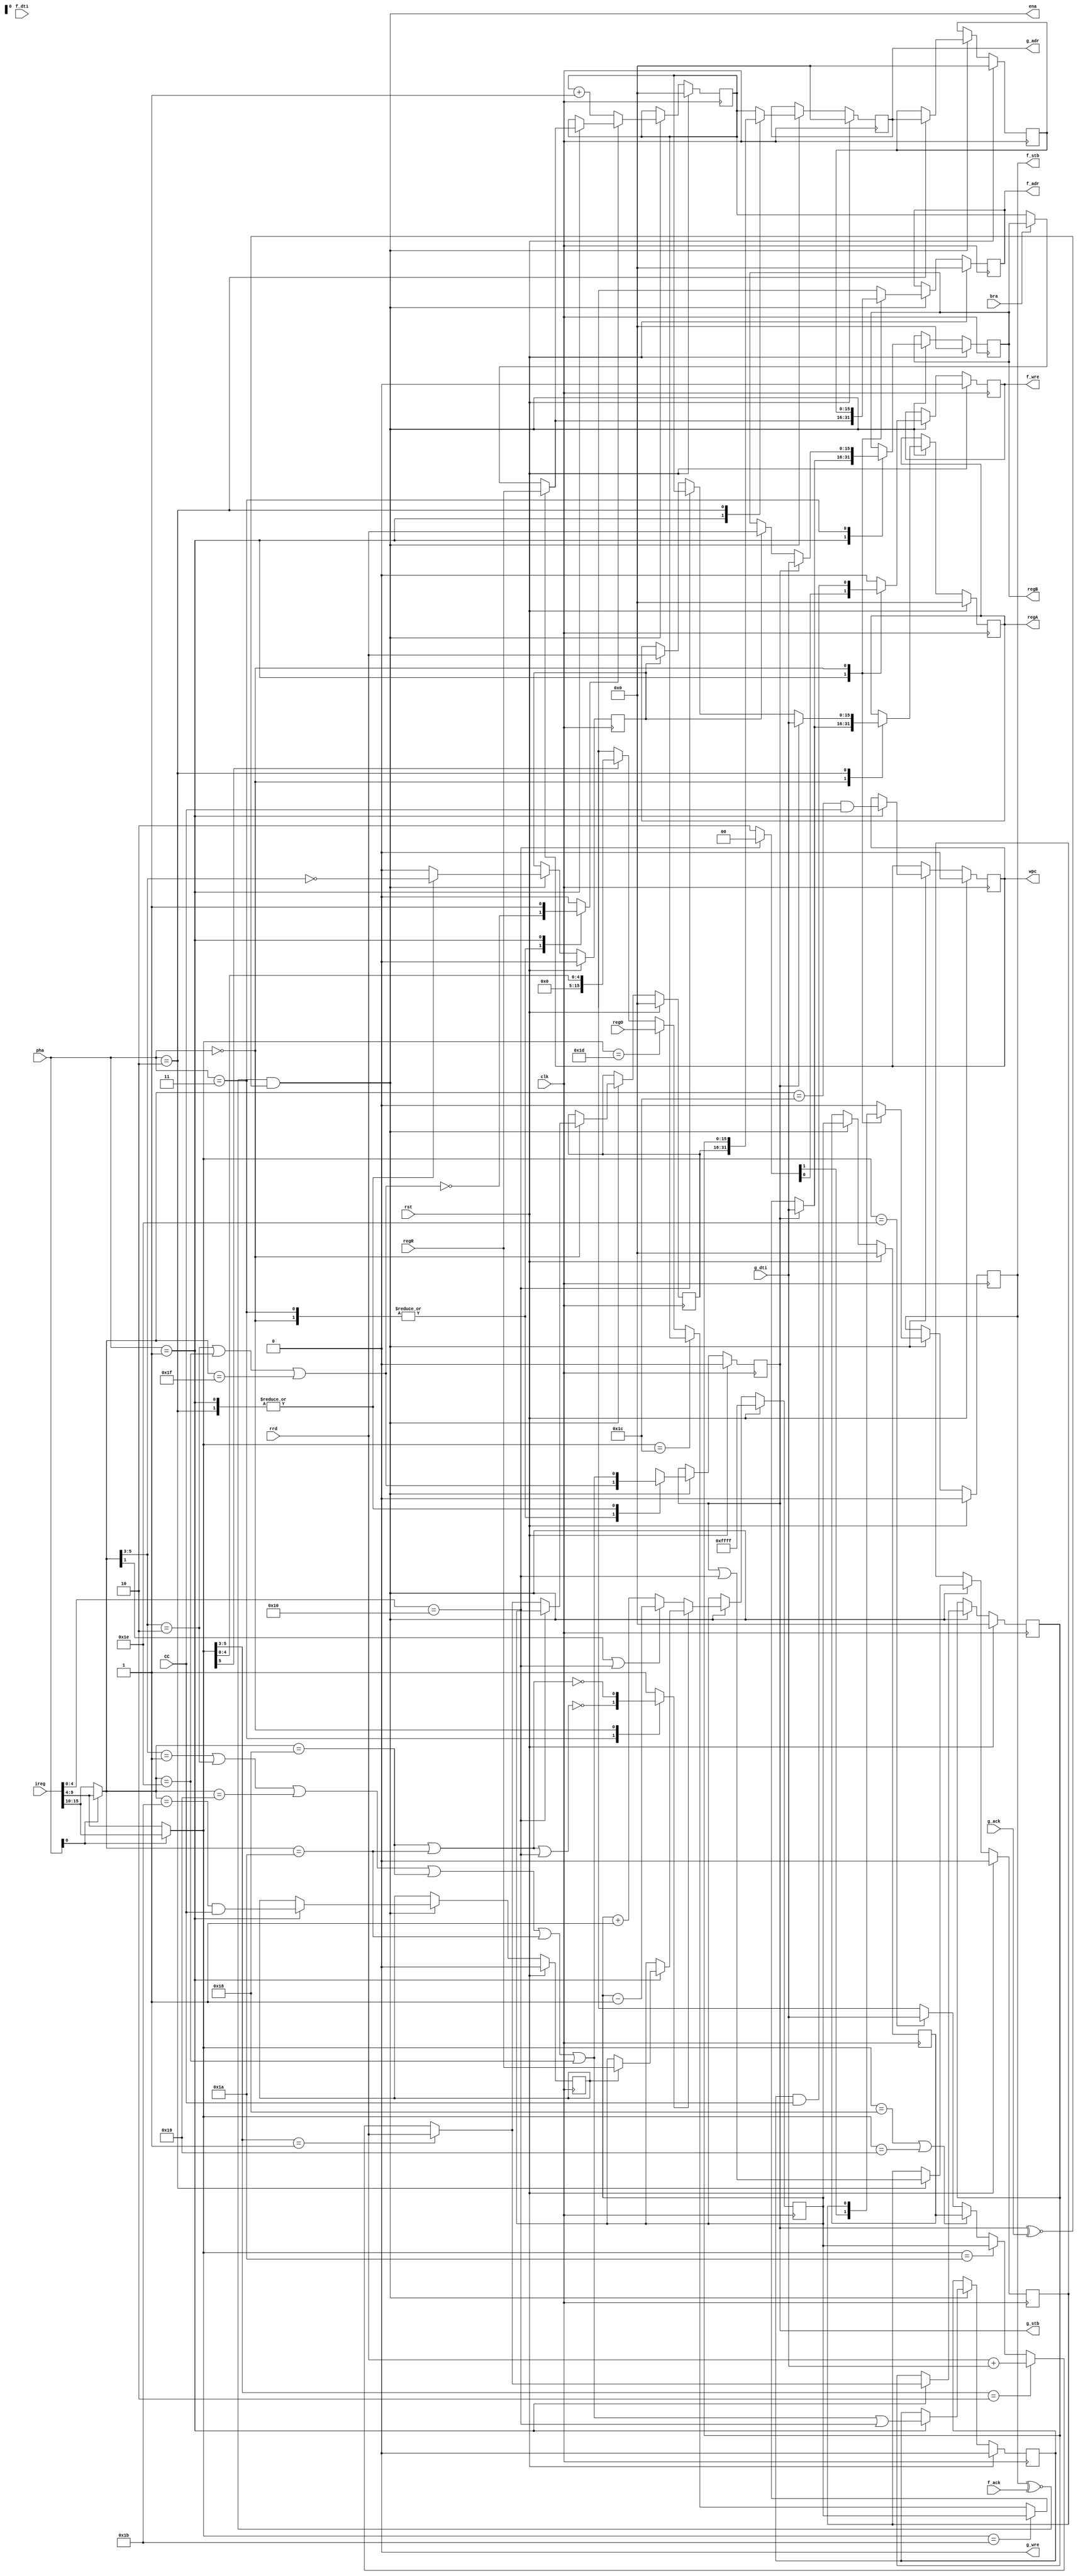
/*
 DCPU16 Verilog Implementation
 Copyright (C) 2012 Shawn Tan <shawn.tan@sybreon.com>
 
 This program is free software: you can redistribute it and/or modify
 it under the terms of the GNU Lesser General Public License as
 published by the Free Software Foundation, either version 3 of the
 License, or (at your option) any later version.  This program is
 distributed in the hope that it will be useful, but WITHOUT ANY
 WARRANTY; without even the implied warranty of MERCHANTABILITY or
 FITNESS FOR A PARTICULAR PURPOSE.  See the GNU General Public License
 for more details.
 
 You should have received a copy of the GNU Lesser General Public
 License along with this program.  If not, see
 <http://www.gnu.org/licenses/>.  */

/*
 MEMORY BUS

 Handles *all* the memory control signals for both F-BUS and A-BUS. 
 */

module dcpu16_mbus (/*AUTOARG*/
   // Outputs
   g_adr, g_stb, g_wre, f_adr, f_stb, f_wre, ena, wpc, regA, regB,
   // Inputs
   g_dti, g_ack, f_dti, f_ack, bra, CC, regR, rrd, ireg, regO, pha,
   clk, rst
   );

   // Simplified Wishbone
   output [15:0] g_adr;
   output 	 g_stb,
		 g_wre;
   input [15:0]  g_dti;
   input 	 g_ack;   

   // Simplified Wishbone
   output [15:0] f_adr;
   output 	 f_stb,
		 f_wre;
   input [15:0]  f_dti;
   input 	 f_ack;   
   
   // internal
   output 	 ena;
   output 	 wpc;   
   output [15:0] regA,
		 regB;

   input 	 bra;
   input 	 CC;   
   input [15:0]  regR;   
   input [15:0]  rrd;
   input [15:0]  ireg;   
   input [15:0]  regO;   

   input [1:0] 	 pha;   
   input 	 clk,
		 rst;

   /*AUTOREG*/
   // Beginning of automatic regs (for this module's undeclared outputs)
   reg [15:0]		f_adr;
   reg			f_stb;
   reg			f_wre;
   reg [15:0]		g_adr;
   reg			g_stb;
   reg [15:0]		regA;
   reg [15:0]		regB;
   reg			wpc;
   // End of automatics

   reg 			wsp;   
   reg [15:0] 		regSP,
			regPC;
   
   assign ena = (f_stb ~^ f_ack) & (g_stb ~^ g_ack); // pipe stall
   
   // repeated decoder
   wire [5:0] 		decA, decB;
   wire [3:0] 		decO;   
   assign {decB, decA, decO} = ireg;   
  
   /*
    0x00-0x07: register (A, B, C, X, Y, Z, I or J, in that order)
    0x08-0x0f: [register]
`    0x10-0x17: [next word + register]
         0x18: POP / [SP++]
         0x19: PEEK / [SP]
         0x1a: PUSH / [--SP]
         0x1b: SP
         0x1c: PC
         0x1d: O
         0x1e: [next word]
         0x1f: next word (literal)
    0x20-0x3f: literal value 0x00-0x1f (literal)
    */

   // decode EA     
   wire 		Fjsr = (ireg [4:0] == 5'h10);   

   wire [5:0] 		ed = (pha[0]) ? decB : decA;   

   wire 		Eind = (ed[5:3] == 3'o1); // [R]
   wire 		Enwr = (ed[5:3] == 3'o2); // [[PC++] + R]
   wire 		Epop = (ed[5:0] == 6'h18); // [SP++]
   wire 		Epek = (ed[5:0] == 6'h19); // [SP]
   wire 		Epsh = (ed[5:0] == 6'h1A); // [--SP]
   wire 		Ersp = (ed[5:0] == 6'h1B); // SP
   wire 		Erpc = (ed[5:0] == 6'h1C); // PC
   wire 		Erro = (ed[5:0] == 6'h1D); // O
   wire 		Enwi = (ed[5:0] == 6'h1E); // [PC++]
   wire 		Esht = ed[5]; // xXX

   wire [5:0] 		fg = (pha[0]) ? decA : decB;   

   wire 		Fdir = (fg[5:3] == 3'o0); // R
   wire 		Find = (fg[5:3] == 3'o1); // [R]
   wire 		Fnwr = (fg[5:3] == 3'o2); // [[PC++] + R]
   wire 		Fspi = (fg[5:0] == 6'h18); // [SP++]
   wire 		Fspr = (fg[5:0] == 6'h19); // [SP]
   wire 		Fspd = (fg[5:0] == 6'h1A); // [--SP]  
   wire 		Frsp = (fg[5:0] == 6'h1B); // SP
   wire 		Frpc = (fg[5:0] == 6'h1C); // PC
   wire 		Fnwi = (fg[5:0] == 6'h1E); // [PC++]
   wire 		Fnwl = (fg[5:0] == 6'h1F); // PC++   
   
   // PROGRAMME COUNTER - loadable binary up counter
   reg [15:0] 		rpc;
   reg 			lpc;  
   
   always @(posedge clk)
     if (rst) begin
	/*AUTORESET*/
	// Beginning of autoreset for uninitialized flops
	regPC <= 16'h0;
	wpc <= 1'h0;
	// End of automatics
     end else if (ena) begin
	if (lpc)
	  regPC <= rpc;
	else
	  regPC <= regPC + 1;

       	case (pha)
	  2'o1: wpc <= Frpc & CC;
	  default: wpc <= wpc;	  
	endcase // case (pha)
     end // if (ena)

   always @(/*AUTOSENSE*/Fnwi or Fnwl or Fnwr or bra or pha or regB
	    or regPC or regR or wpc) begin      
      case (pha)
	2'o1: rpc <= (wpc) ? regR :
		     (bra) ? regB :
		     regPC;
	default: rpc <= regPC;	
      endcase // case (pha)
      case (pha)
	2'o3: lpc <= ~(Fnwr | Fnwi | Fnwl);
	2'o0: lpc <= ~(Fnwr | Fnwi | Fnwl);
	2'o1: lpc <= 1'b1;	
	default: lpc <= 1'b0;	
      endcase // case (pha)
   end // always @ (...
   
   // STACK POINTER - loadable binary up/down counter   
   reg [15:0] _rSP;
   reg 	      lsp;
   reg [15:0] rsp;
   
   always @(posedge clk)
     if (rst) begin
	regSP <= 16'hFFFF;
	/*AUTORESET*/
	// Beginning of autoreset for uninitialized flops
	_rSP <= 16'h0;
	wsp <= 1'h0;
	// End of automatics
     end else if (ena) begin
	_rSP <= regSP; // backup SP

	if (lsp) // manipulate SP
	  regSP <= rsp;
	else if (fg[1] | Fjsr)
	  regSP <= regSP - 1;
	else
	  regSP <= regSP + 1;

	case (pha) // write to SP
	  2'o1: wsp <= Frsp & CC;	  
	  default: wsp <= wsp;	  
	endcase // case (pha)
     end // if (ena)

   always @(/*AUTOSENSE*/Fjsr or Fspd or Fspi or pha or regR or regSP
	    or wsp) begin
      case (pha)
	2'o3: lsp <= ~(Fspi | Fspd | Fjsr);	
	2'o0: lsp <= ~(Fspi | Fspd);
	default: lsp <= 1'b1;	
      endcase // case (pha)
      
      case (pha)
	2'o1: rsp <= (wsp) ? regR :
		     regSP;	
	default: rsp <= regSP;	
      endcase // case (pha)
   end // always @ (...

   // EA CALCULATOR
   wire [15:0] 		nwr = rrd + g_dti;   // FIXME: Reduce this and combine with other ALU
   reg [15:0] 		ea, 
			eb;
   reg [15:0] 		ec; // Calculated EA
 
   always @(posedge clk)
     if (rst) begin
	/*AUTORESET*/
	// Beginning of autoreset for uninitialized flops
	ea <= 16'h0;
	eb <= 16'h0;
	// End of automatics
     end else if (ena) begin
	case (pha)
	  2'o0: ea <= (Fjsr) ? regSP : ec;	  
	  default: ea <= ea;	  
	endcase // case (pha)

	case (pha)
	  2'o1: eb <= ec;	  
	  default: eb <= eb;	  
	endcase // case (pha)
     end // if (ena)
  
   always @(/*AUTOSENSE*/Eind or Enwi or Enwr or Epek or Epop or Epsh
	    or _rSP or g_dti or nwr or regSP or rrd) begin
      ec <= (Eind) ? rrd :
	    (Enwr) ? nwr :
	    //(Fjsr) ? decSP :
	    (Epsh) ? regSP :
	    (Epop | Epek) ? _rSP :
	    (Enwi) ? g_dti :
	    16'hX;      
   end
   
   // G-BUS
   assign g_wre = 1'b0;
   
   always @(posedge clk)
     if (rst) begin
	/*AUTORESET*/
	// Beginning of autoreset for uninitialized flops
	g_adr <= 16'h0;
	g_stb <= 1'h0;
	// End of automatics
     end else if (ena) begin
	case (pha)
	  2'o1: g_adr <= ea;
	  2'o2: g_adr <= eb;	  
	  default: g_adr <= regPC;	  
	endcase // case (pha)

	case (pha)
	  2'o3: g_stb <= Fnwr | Fnwi | Fnwl;
	  2'o0: g_stb <= Fnwr | Fnwi | Fnwl;
	  2'o1: g_stb <= Find | Fnwr | Fspr | Fspi | Fspd | Fnwi;
	  2'o2: g_stb <= Find | Fnwr | Fspr | Fspi | Fspd | Fnwi;	  
	endcase // case (pha)
     end // if (ena)
   

   // F-BUS
   reg [15:0] _adr;
   reg 	      _stb, _wre;   
   always @(posedge clk)
     if (rst) begin
	/*AUTORESET*/
	// Beginning of autoreset for uninitialized flops
	_adr <= 16'h0;
	_stb <= 1'h0;
	_wre <= 1'h0;
	// End of automatics
     end else if (ena) begin
	case (pha)
	  2'o2: begin
	     _adr <= g_adr;
	     _stb <= g_stb | Fjsr;
	  end
	  default:begin
	     _adr <= _adr;
	     _stb <= _stb;	     
	  end
	endcase // case (pha)

	case (pha)
	  2'o1: _wre <= Find | Fnwr | Fspr | Fspi | Fspd | Fnwi | Fjsr;	     
	  default: _wre <= _wre;	  
	endcase // case (pha)
	
     end // if (ena)

   always @(posedge clk)
     if (rst) begin
	/*AUTORESET*/
	// Beginning of autoreset for uninitialized flops
	f_adr <= 16'h0;
	f_stb <= 1'h0;
	f_wre <= 1'h0;
	// End of automatics
     end else if (ena) begin

	case (pha)
	  2'o1: f_adr <= (wpc) ? regR :
			 (bra) ? regB :
			 regPC;
	  2'o0: f_adr <= _adr;	  
	  default: f_adr <= 16'hX;	  
	endcase // case (pha)

	case (pha)
	  2'o1: {f_stb,f_wre} <= (Fjsr) ? 2'o0 : 2'o2;
	  2'o0: {f_stb,f_wre} <= {_stb, _wre & CC};	  
	  default: {f_stb,f_wre} <= 2'o0;	  
	endcase // case (pha)

     end // if (ena)
   
   // REG-A/REG-B
   reg 			_rd;
   reg [15:0] 		opr;
   
   always @(posedge clk)
     if (rst) begin
	/*AUTORESET*/
	// Beginning of autoreset for uninitialized flops
	_rd <= 1'h0;
	// End of automatics
     end else if (ena)
       	case (pha)
	  2'o1: _rd <= Fdir;
	  2'o2: _rd <= Fdir;	  
	  default: _rd <= 1'b0;	  
	endcase // case (pha)

   always @(posedge clk)
     if (rst) begin
	/*AUTORESET*/
	// Beginning of autoreset for uninitialized flops
	regA <= 16'h0;
	regB <= 16'h0;
	// End of automatics
     end else if (ena) begin
	case (pha)
	  2'o0: regA <= opr;	  
	  2'o2: regA <= (g_stb) ? g_dti :
			(Fjsr) ? regPC :
			(_rd) ? rrd :
			regA;	     
	  default: regA <= regA;
	endcase // case (pha)
	
	case (pha)
	  2'o1: regB <= opr;	  
	  2'o3: regB <= (g_stb) ? g_dti :
			(_rd) ? rrd :
			regB;
	  default: regB <= regB;	  
	endcase // case (pha)
     end // if (ena)

   always @(/*AUTOSENSE*/Erpc or Erro or Ersp or Esht or ed or g_dti
	    or g_stb or regO or regPC or regSP) begin
      opr <= (g_stb) ? g_dti :
	     (Ersp) ? regSP :
	     (Erpc) ? regPC :
	     (Erro) ? regO :
	     (Esht) ? {11'd0,ed[4:0]} :
	     16'hX;
   end
   
endmodule // dcpu16_mbus